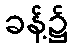
ခန့်၌